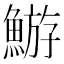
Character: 𩹊